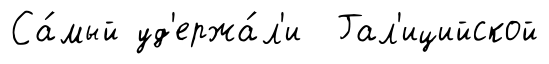
Са́мый уд'ержа́л'и Гал'ицийской